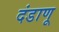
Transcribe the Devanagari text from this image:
दंडाणू